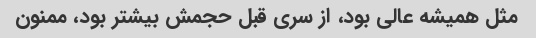
مثل همیشه عالی بود، از سری قبل حجمش بیشتر بود، ممنون